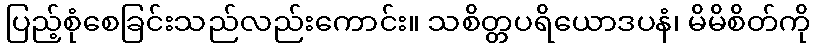
ပြည့်စုံစေခြင်းသည်လည်းကောင်း။ သစိတ္တပရိယောဒပနံ၊ မိမိစိတ်ကို